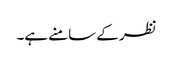
نظر کے سامنے ہے۔